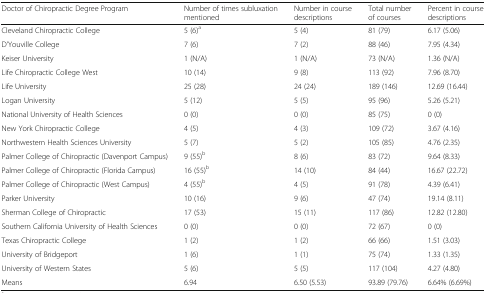
| Doctor of Chiropractic Degree Program | Number of times subluxation mentioned | Number in course descriptions | Total number of courses | Percent in course descriptions |
 | --- | --- | --- | --- | --- |
 | Cleveland Chiropractic College | 5 (6)a | 5 (4) | 81 (79) | 6.17 (5.06) |
 | D’Youville College | 7 (6) | 7 (2) | 88 (46) | 7.95 (4.34) |
 | Keiser University | 1 (N/A) | 1 (N/A) | 73 (N/A) | 1.36 (N/A) |
 | Life Chiropractic College West | 10 (14) | 9 (8) | 113 (92) | 7.96 (8.70) |
 | Life University | 25 (28) | 24 (24) | 189 (146) | 12.69 (16.44) |
 | Logan University | 5 (12) | 5 (5) | 95 (96) | 5.26 (5.21) |
 | National University of Health Sciences | 0 (0) | 0 (0) | 85 (75) | 0 (0) |
 | New York Chiropractic College | 4 (5) | 4 (3) | 109 (72) | 3.67 (4.16) |
 | Northwestern Health Sciences University | 5 (7) | 5 (2) | 105 (85) | 4.76 (2.35) |
 | Palmer College of Chiropractic (Davenport Campus) | 9 (55)b | 8 (6) | 83 (72) | 9.64 (8.33) |
 | Palmer College of Chiropractic (Florida Campus) | 16 (55)b | 14 (10) | 84 (44) | 16.67 (22.72) |
 | Palmer College of Chiropractic (West Campus) | 4 (55)b | 4 (5) | 91 (78) | 4.39 (6.41) |
 | Parker University | 10 (16) | 9 (6) | 47 (74) | 19.14 (8.11) |
 | Sherman College of Chiropractic | 17 (53) | 15 (11) | 117 (86) | 12.82 (12.80) |
 | Southern California University of Health Sciences | 0 (0) | 0 (0) | 72 (67) | 0 (0) |
 | Texas Chiropractic College | 1 (2) | 1 (2) | 66 (66) | 1.51 (3.03) |
 | University of Bridgeport | 1 (6) | 1 (1) | 75 (74) | 1.33 (1.35) |
 | University of Western States | 5 (6) | 5 (5) | 117 (104) | 4.27 (4.80) |
 | Means | 6.94 | 6.50 (5.53) | 93.89 (79.76) | 6.64% (6.69%) |